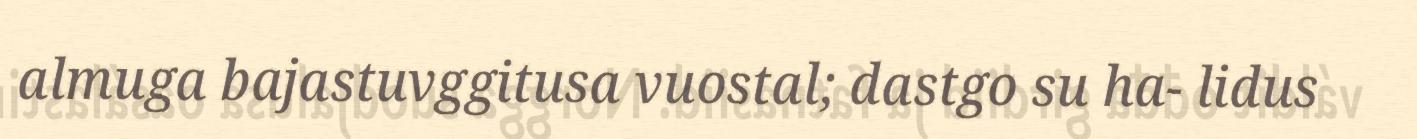
almuga bajastuvggitusa vuostal; dastgo su ha- lidus